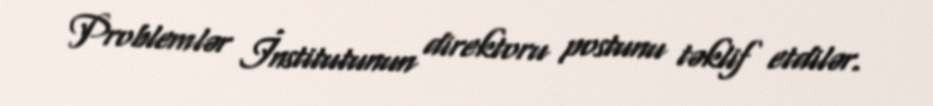
Problemlər İnstitutunun direktoru postunu təklif etdilər.